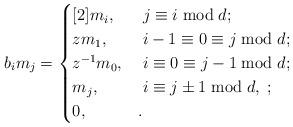
LaTeX: \begin{align*}b_i m_j = \begin{cases}[2] m_i, & \; j\equiv i \bmod d;\\z m_1, & \; i-1\equiv 0\equiv j \bmod d;\\z^{-1} m_0, & \; i\equiv 0\equiv j-1 \bmod d;\\m_j, &\; i\equiv j\pm 1\bmod d,\;;\\0, & .\end{cases}\end{align*}